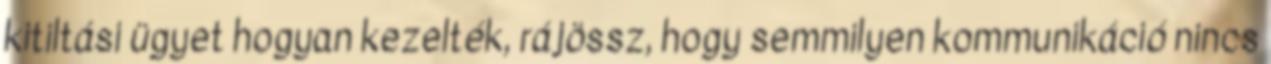
kitiltási ügyet hogyan kezelték, rájössz, hogy semmilyen kommunikáció nincs